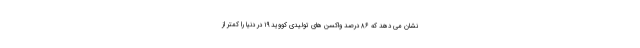
نشان می دهد که ۸۶ درصد واکسن های تولیدی کووید ۱۹ در دنیا را کمتر از